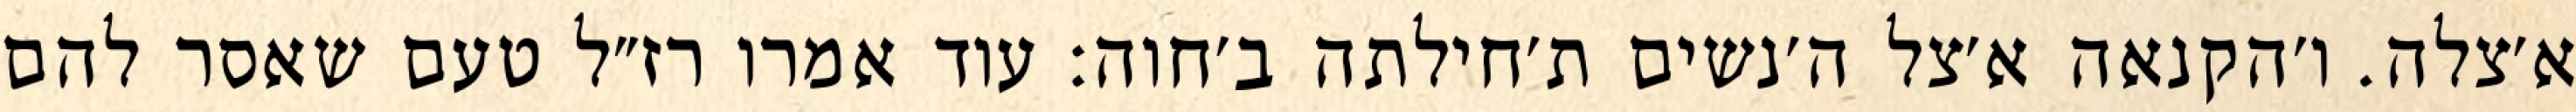
א׳צלה. ו׳הקנאה א׳צל ה׳נשים ת׳חילתה ב׳חוה: עוד אמרו רז״ל טעם שאסר להם